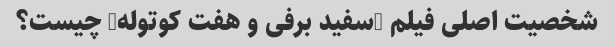
شخصیت اصلی فیلم "سفید برفی و هفت کوتوله" چیست؟